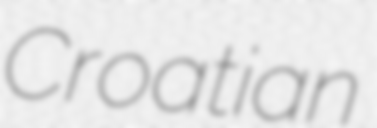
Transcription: Croatian